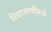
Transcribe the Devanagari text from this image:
विचारसरणींमध्ये